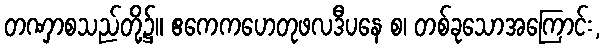
တဏှာစသည်တို့၌။ ဧကေကဟေတုဖလဒီပနေ စ၊ တစ်ခုသောအကြောင်း,